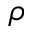
\boldsymbol { \rho }